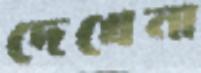
দেখেনা